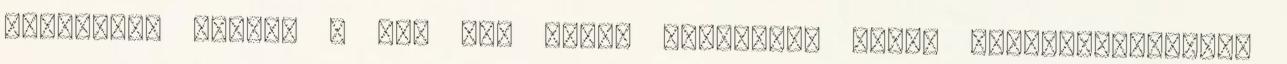
legjobban leírni a JOY SMA gálán megjelent férfi sztárvendégeket.